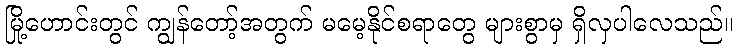
မြို့ဟောင်းတွင် ကျွန်တော့်အတွက် မမေ့နိုင်စရာတွေ များစွာမှ ရှိလှပါလေသည်။